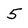
Character: 5